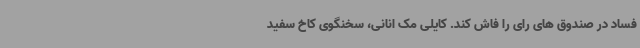
فساد در صندوق های رای را فاش کند. کایلی مک انانی، سخنگوی کاخ سفید